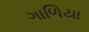
ગાળિયા